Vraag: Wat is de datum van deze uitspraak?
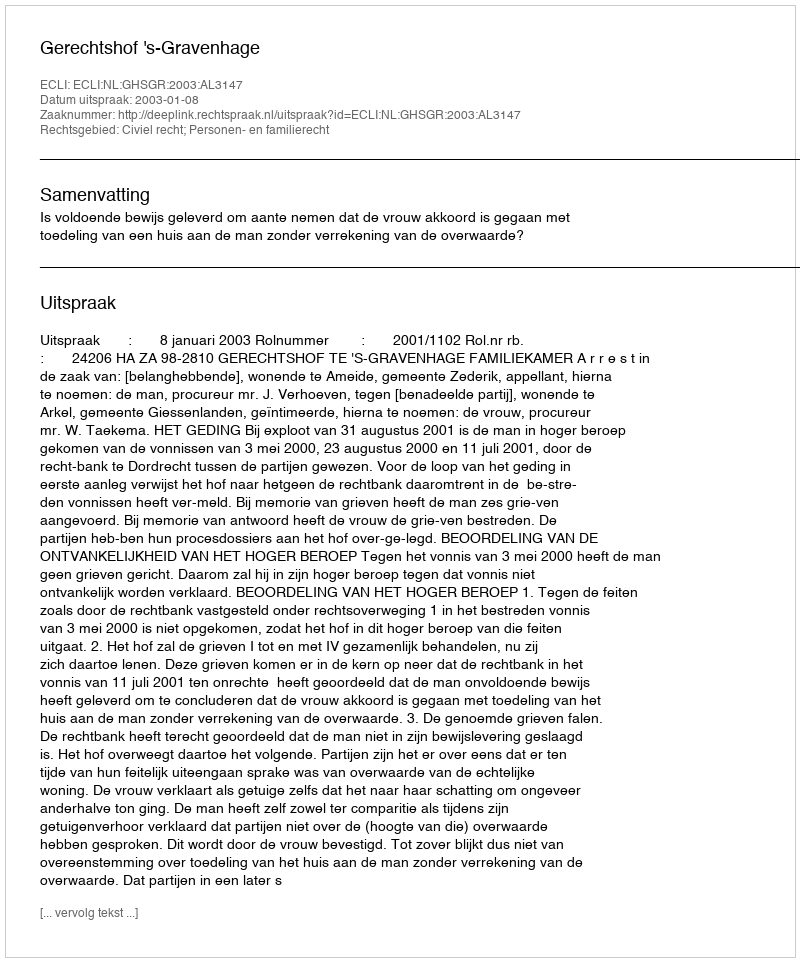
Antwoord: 2003-01-08